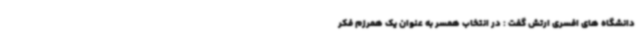
دانشگاه های افسری ارتش گفت : در انتخاب همسر به عنوان یک همرزم فکر